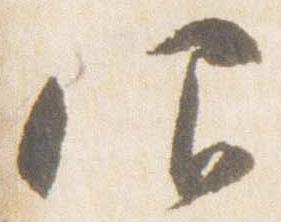
仰